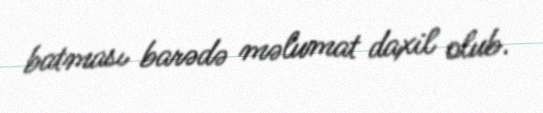
batması barədə məlumat daxil olub.